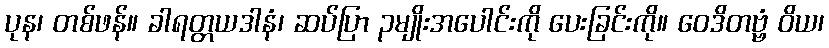
ပုန၊ တစ်ဖန်။ ခါရတ္တယဒါနံ၊ ဆပ်ပြာ ၃မျိုးအပေါင်းကို ပေးခြင်းကို။ ဝေဒိတဗ္ဗံ ဝိယ၊